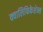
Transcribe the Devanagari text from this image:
क्वालिफिकेशेन्स